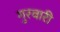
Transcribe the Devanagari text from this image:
गुरवारी